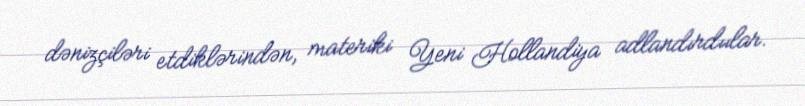
dənizçiləri etdiklərindən, materiki Yeni Hollandiya adlandırdıılar.